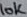
Text: 10K